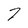
Character: 7